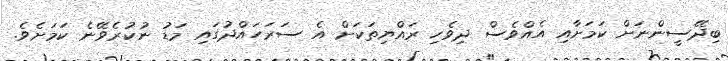
ބިދޭސީންނަށް ކަމަށާއި އެއްވެސް ދިވެހި ރައްޔިތަކަށް އެ ސަރަހައްދުގައި މަޑު ނުކުރެވޭނެ ކަމަށެވެ.